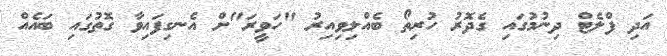
އަދި ފްލެޓް ދިނުމުގައި ގެދޮރު ހުރިތޯ ބެއްލިވިއިރު "ހަވީރަ"ށް އެނގިފައިވާ ގޮތުގައި ބައެއް